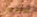
سأوافق